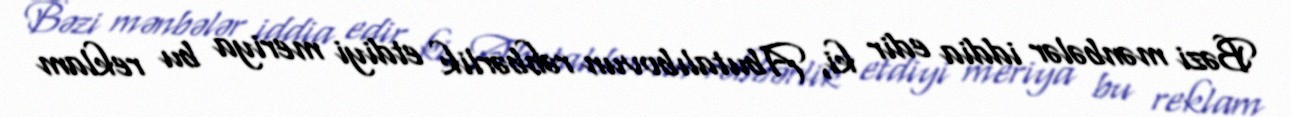
Bəzi mənbələr iddia edir ki, Abutalıbovun rəhbərlik etdiyi meriya bu reklam